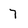
Character: 7